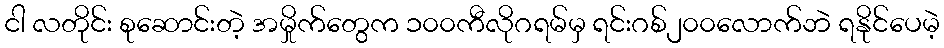
ငါ လတိုင်း စုဆောင်းတဲ့ အမှိုက်တွေက ၁၀၀ကီလိုဂရမ်မှ ရင်းဂစ်၂၀၀လောက်ဘဲ ရနိုင်ပေမဲ့